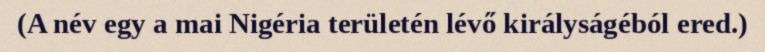
(A név egy a mai Nigéria területén lévő királyságéból ered.)